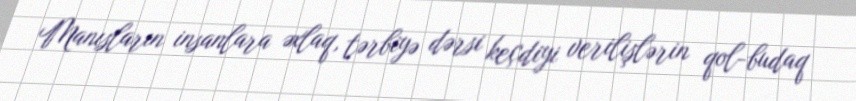
Manısların insanlara əxlaq, tərbiyə dərsi keçdiyi verilişlərin qol-budaq